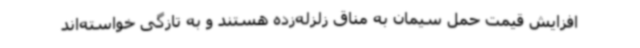
افزایش قیمت حمل سیمان به مناق زلزله‌زده هستند و به تازگی خواسته‌اند